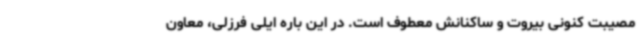
مصیبت کنونی بیروت و ساکنانش معطوف است. در این باره ایلی فرزلی، معاون